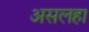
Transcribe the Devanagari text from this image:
असलहा